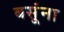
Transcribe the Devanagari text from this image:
बसूंना